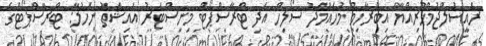
ރައީސުލްޖުމްހޫރިއްޔާ އިބްރާހިމް މުހައްމަދު ސޯލިހް އަދި ޓްރާސްޕޯޓް މިިނިސްޓަރު އައިޝަތު ނަހުލާ: ޓްރާސްޕޯޓްގެ